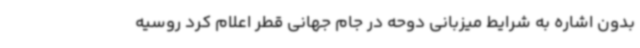
بدون اشاره به شرایط میزبانی دوحه در جام جهانی قطر اعلام کرد روسیه